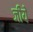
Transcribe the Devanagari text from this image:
जीयें